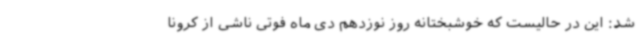
شد: این در حالیست که خوشبختانه روز نوزدهم دی ماه فوتی ناشی از کرونا